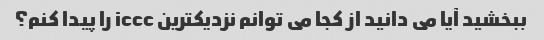
ببخشید آیا می دانید از کجا می توانم نزدیکترین iccc را پیدا کنم؟